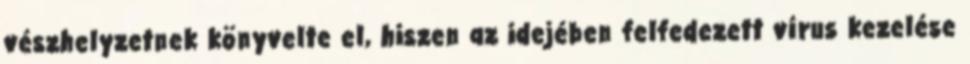
vészhelyzetnek könyvelte el, hiszen az idejében felfedezett vírus kezelése